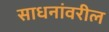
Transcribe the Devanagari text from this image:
साधनांवरील